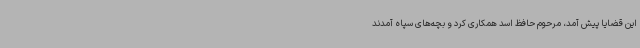
این قضایا پیش آمد، مرحوم حافظ اسد همکاری کرد و بچه‌های سپاه آمدند